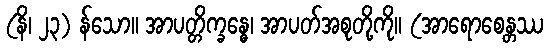
(နိ၊ ၂၃) န်သော။ အာပတ္တိက္ခန္ဓေ၊ အာပတ်အစုတို့ကို။ (အာရောစေန္တဿ